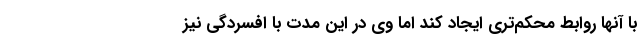
با آنها روابط محکم‌تری ایجاد کند اما وی در این مدت با افسردگی نیز